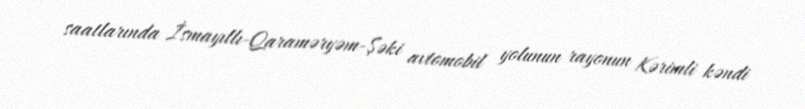
saatlarında İsmayıllı-Qaraməryəm-Şəki avtomobil yolunun rayonun Kərimli kəndi